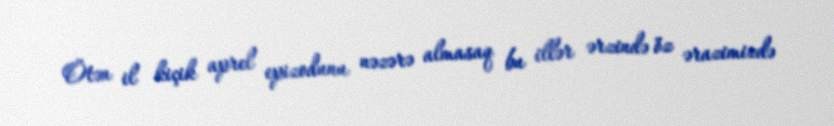
Ötən il kiçik aprel epizodunu nəzərə almasaq bu illər ərzində öz ərazimizdə